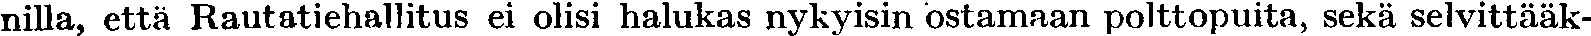
nilla, että Rautatiehallitus ei olisi halukas nykyisin ostamaan polttopuita, sekä selvittääk-